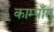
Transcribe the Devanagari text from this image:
काम्पाँग